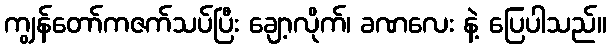
ကျွန်တော်ကဇက်သပ်ပြီး ချော့လိုက်၊ ခဏလေး နဲ့ ပြေပါသည်။